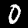
Digit: 0